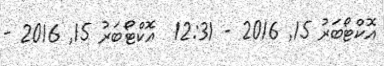
އޮކްޓޯބަރު 15